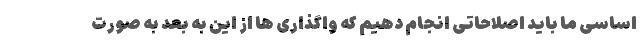
اساسی ما باید اصلاحاتی انجام دهیم که واگذاری ها از این به بعد به صورت